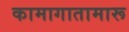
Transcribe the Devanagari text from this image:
कामागातामारू